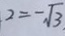
2 = - \sqrt { 3 }